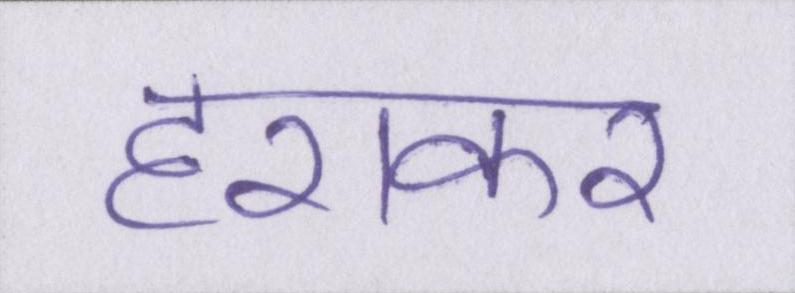
हराकर